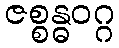
ဇစ္စန္ဓဝဂ္ဂ